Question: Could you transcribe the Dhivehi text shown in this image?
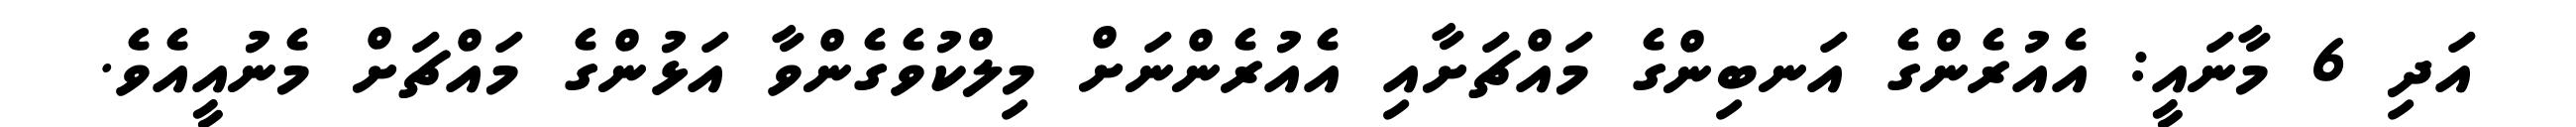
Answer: އަދި 6 މާނައީ: އެއުރެންގެ އަނބިންގެ މައްޗަށާއި އެއުރެންނަށް މިލްކުވެގެންވާ އަޅުންގެ މައްޗަށް މެނުއީއެވެ.